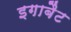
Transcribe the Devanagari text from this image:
इगाबैट